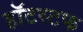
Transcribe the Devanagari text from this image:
हॉटस्टफ